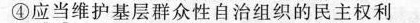
④应当维护基层群众性自治组织的民主权利